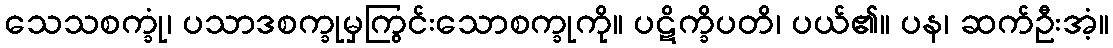
သေသစက္ခုံ၊ ပသာဒစက္ခုမှကြွင်းသောစက္ခုကို။ ပဋိက္ခိပတိ၊ ပယ်၏။ ပန၊ ဆက်ဦးအံ့။